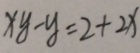
x y - y = 2 + 2 x